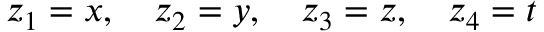
z _ { 1 } = x , \quad z _ { 2 } = y , \quad z _ { 3 } = z , \quad z _ { 4 } = t